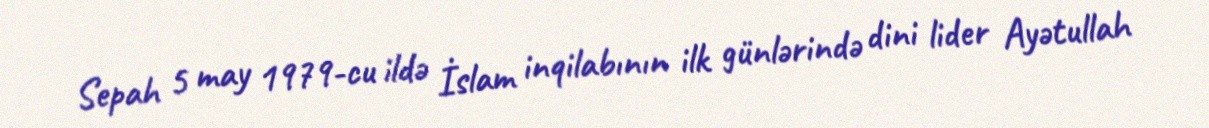
Sepah 5 may 1979-cu ildə İslam inqilabının ilk günlərində dini lider Ayətullah